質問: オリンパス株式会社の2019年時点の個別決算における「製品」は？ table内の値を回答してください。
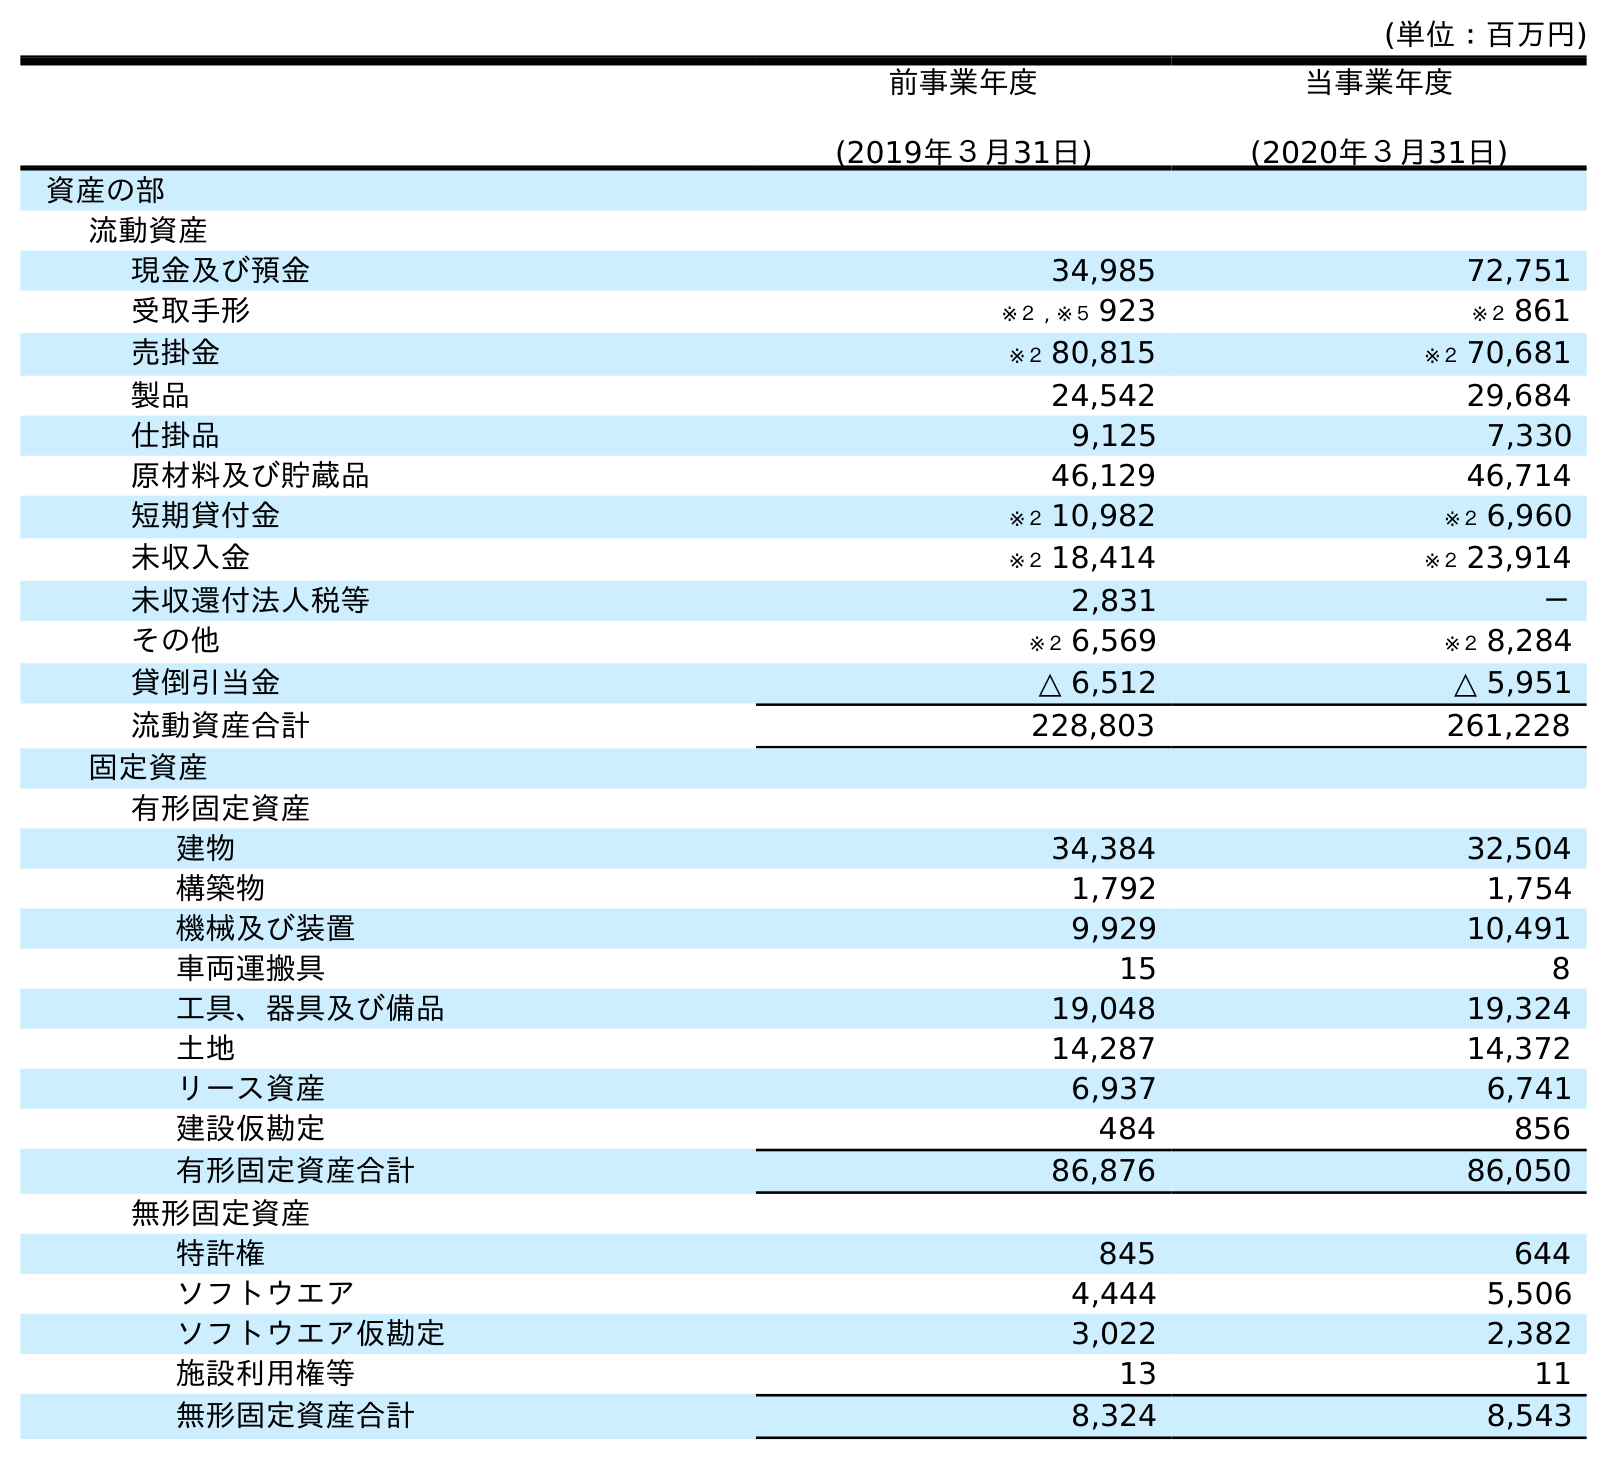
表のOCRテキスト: (単位：百万円) 前事業年度 (2019年３月31日) 当事業年度 (2020年３月31日) 資産の部 流動資産 現金及び預金 34,985 72,751 受取手形 ※２ , ※５ 923 ※２ 861 売掛金 ※２ 80,815 ※２ 70,681 製品 24,542 29,684 仕掛品 9,125 7,330 原材料及び貯蔵品 46,129 46,714 短期貸付金 ※２ 10,982 ※２ 6,960 未収入金 ※２ 18,414 ※２ 23,914 未収還付法人税等 2,831 － その他 ※２ 6,569 ※２ 8,284 貸倒引当金 △ 6,512 △ 5,951 流動資産合計 228,803 261,228 固定資産 有形固定資産 建物 34,384 32,504 構築物 1,792 1,754 機械及び装置 9,929 10,491 車両運搬具 15 8 工具、器具及び備品 19,048 19,324 土地 14,287 14,372 リース資産 6,937 6,741 建設仮勘定 484 856 有形固定資産合計 86,876 86,050 無形固定資産 特許権 845 644 ソフトウエア 4,444 5,506 ソフトウエア仮勘定 3,022 2,382 施設利用権等 13 11 無形固定資産合計 8,324 8,543
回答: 24,542